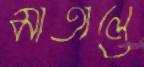
মাতালে